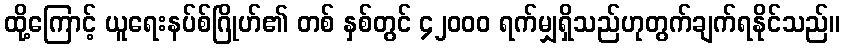
ထို့ကြောင့် ယူရေးနပ်စ်ဂြိုဟ်၏ တစ် နှစ်တွင် ၄၂၀၀၀ ရက်မျှရှိသည်ဟုတွက်ချက်ရနိုင်သည်။